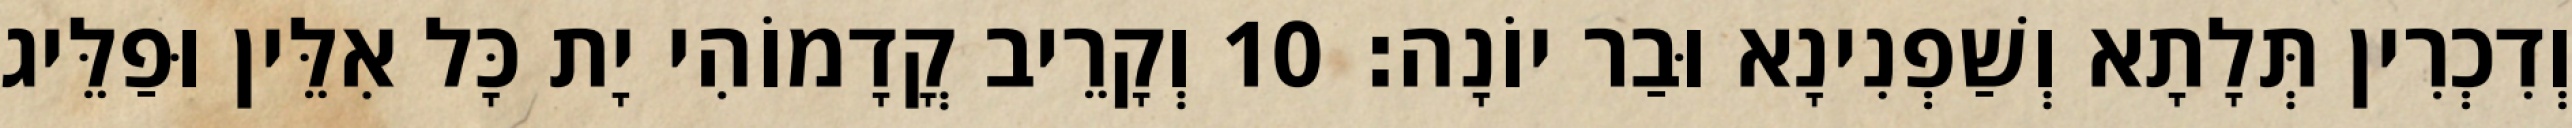
וְדִכְרִין תְּלָתָא וְשַׁפְנִינָא וּבַר יוֹנָה׃ 10 וְקָרֵיב קֳדָמוֹהִי יָת כָּל אִלֵּין וּפַלֵּיג